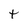
Character: t